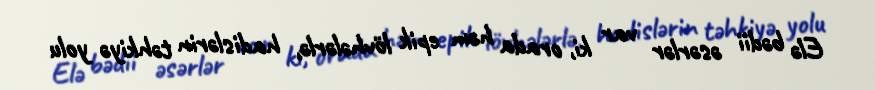
Elə bədii əsərlər var ki, orada həm epik lövhələrlə, hadislərin təhkiyə yolu